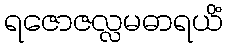
ရဇောဇလ္လမဓာရယိံ